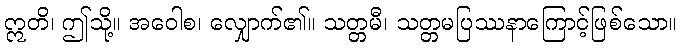
ဣတိ၊ ဤသို့။ အဝေါစ၊ လျှောက်၏။ သတ္တမီ၊ သတ္တမပြဿနာကြောင့်ဖြစ်သော။